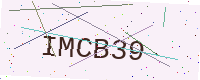
Text: IMCB39